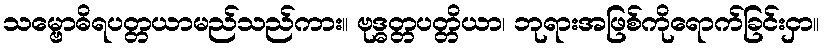
သမ္ဗောဓိရပတ္တယာမည်သည်ကား။ ဗုဒ္ဓတ္တပတ္တိယာ၊ ဘုရားအဖြစ်ကိုရောက်ခြင်းငှာ။